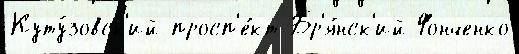
Куту́зовск'ий просп'е́кт Бр'я́нск'ий Фонченко